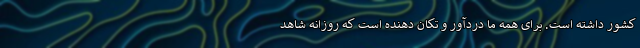
کشور داشته است. برای همه ما دردآور و تکان دهنده است که روزانه شاهد